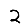
Digit: 2